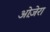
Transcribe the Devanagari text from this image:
ओज़ेरा